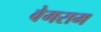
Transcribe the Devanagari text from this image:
वेगराम